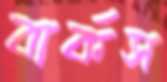
বার্কস